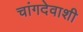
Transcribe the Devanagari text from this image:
चांगदेवाशी